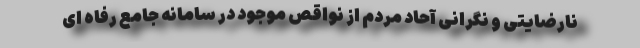
نارضایتی و نگرانی آحاد مردم از نواقص موجود در سامانه جامع رفاه ای